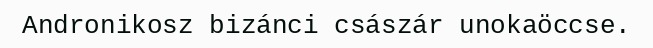
Andronikosz bizánci császár unokaöccse.